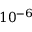
1 0 ^ { - 6 }